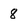
Character: 8